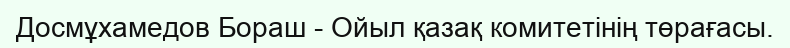
Досмұхамедов Бораш - Ойыл қазақ комитетінің төрағасы.